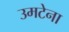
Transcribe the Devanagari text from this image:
उमटेना